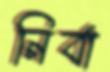
নির্বা